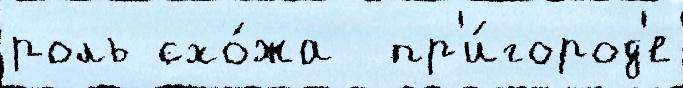
роль схо́жа  пр'и́город'е